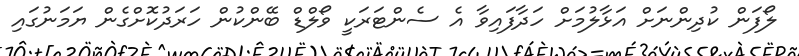
ލޯފަން ކުދިންނަށް އަޅާލުމަށް ހަދާފައިވާ އެ ސެންޓަރަކީ ވޯލްޑް ބޭންކުން ހަރަދުކޮށްގެން ޔަމަނުގައި